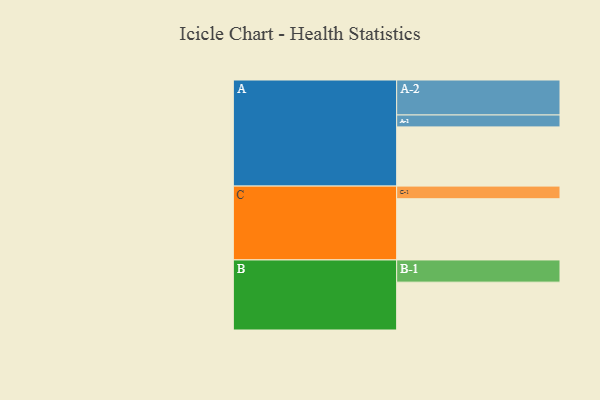
{"axis": {"x": "Segment", "y": "Value"}, "legend": ["", "A", "B", "C"], "data": [{"x": "A", "y": 501, "type": ""}, {"x": "B", "y": 405, "type": ""}, {"x": "C", "y": 518, "type": ""}, {"x": "A-1", "y": 101, "type": "A"}, {"x": "A-2", "y": 296, "type": "A"}, {"x": "B-1", "y": 188, "type": "B"}, {"x": "C-1", "y": 107, "type": "C"}]}